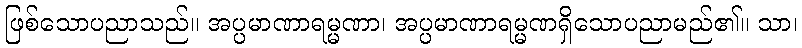
ဖြစ်သောပညာသည်။ အပ္ပမာဏာရမ္မဏာ၊ အပ္ပမာဏာရမ္မဏရှိသောပညာမည်၏။ သာ၊